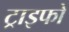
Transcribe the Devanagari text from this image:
ट्राइफो